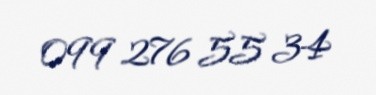
099 276 55 34